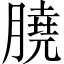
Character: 膮